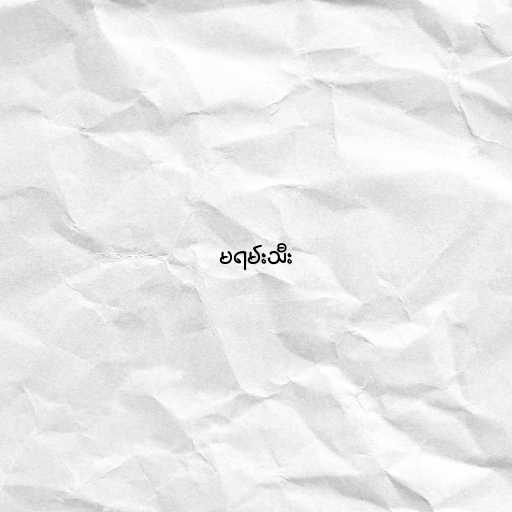
မရမ်းသီး